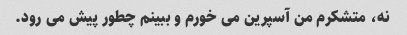
نه، متشکرم من آسپرین می خورم و ببینم چطور پیش می رود.